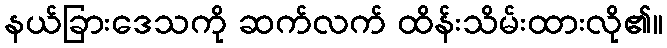
နယ်ခြားဒေသကို ဆက်လက် ထိန်းသိမ်းထားလို၏။